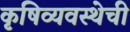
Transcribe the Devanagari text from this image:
कृषिव्यवस्थेची